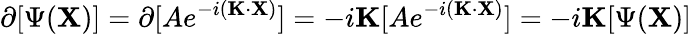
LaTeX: \partial[\Psi(\mathbf{X})]=\partial[Ae^{-i(\mathbf{K}\cdot\mathbf{X})}]=-i\mathbf{K}[Ae^{-i(\mathbf{K}\cdot\mathbf{X})}]=-i\mathbf{K}[\Psi(\mathbf{X})]